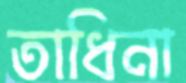
তাধিনা